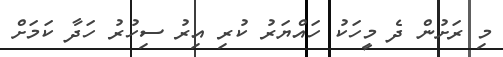
މި ރަށުން ދެ މީހަކު ހައްޔަރު ކުރި އިރު ސިހުރު ހަދާ ކަމަށް